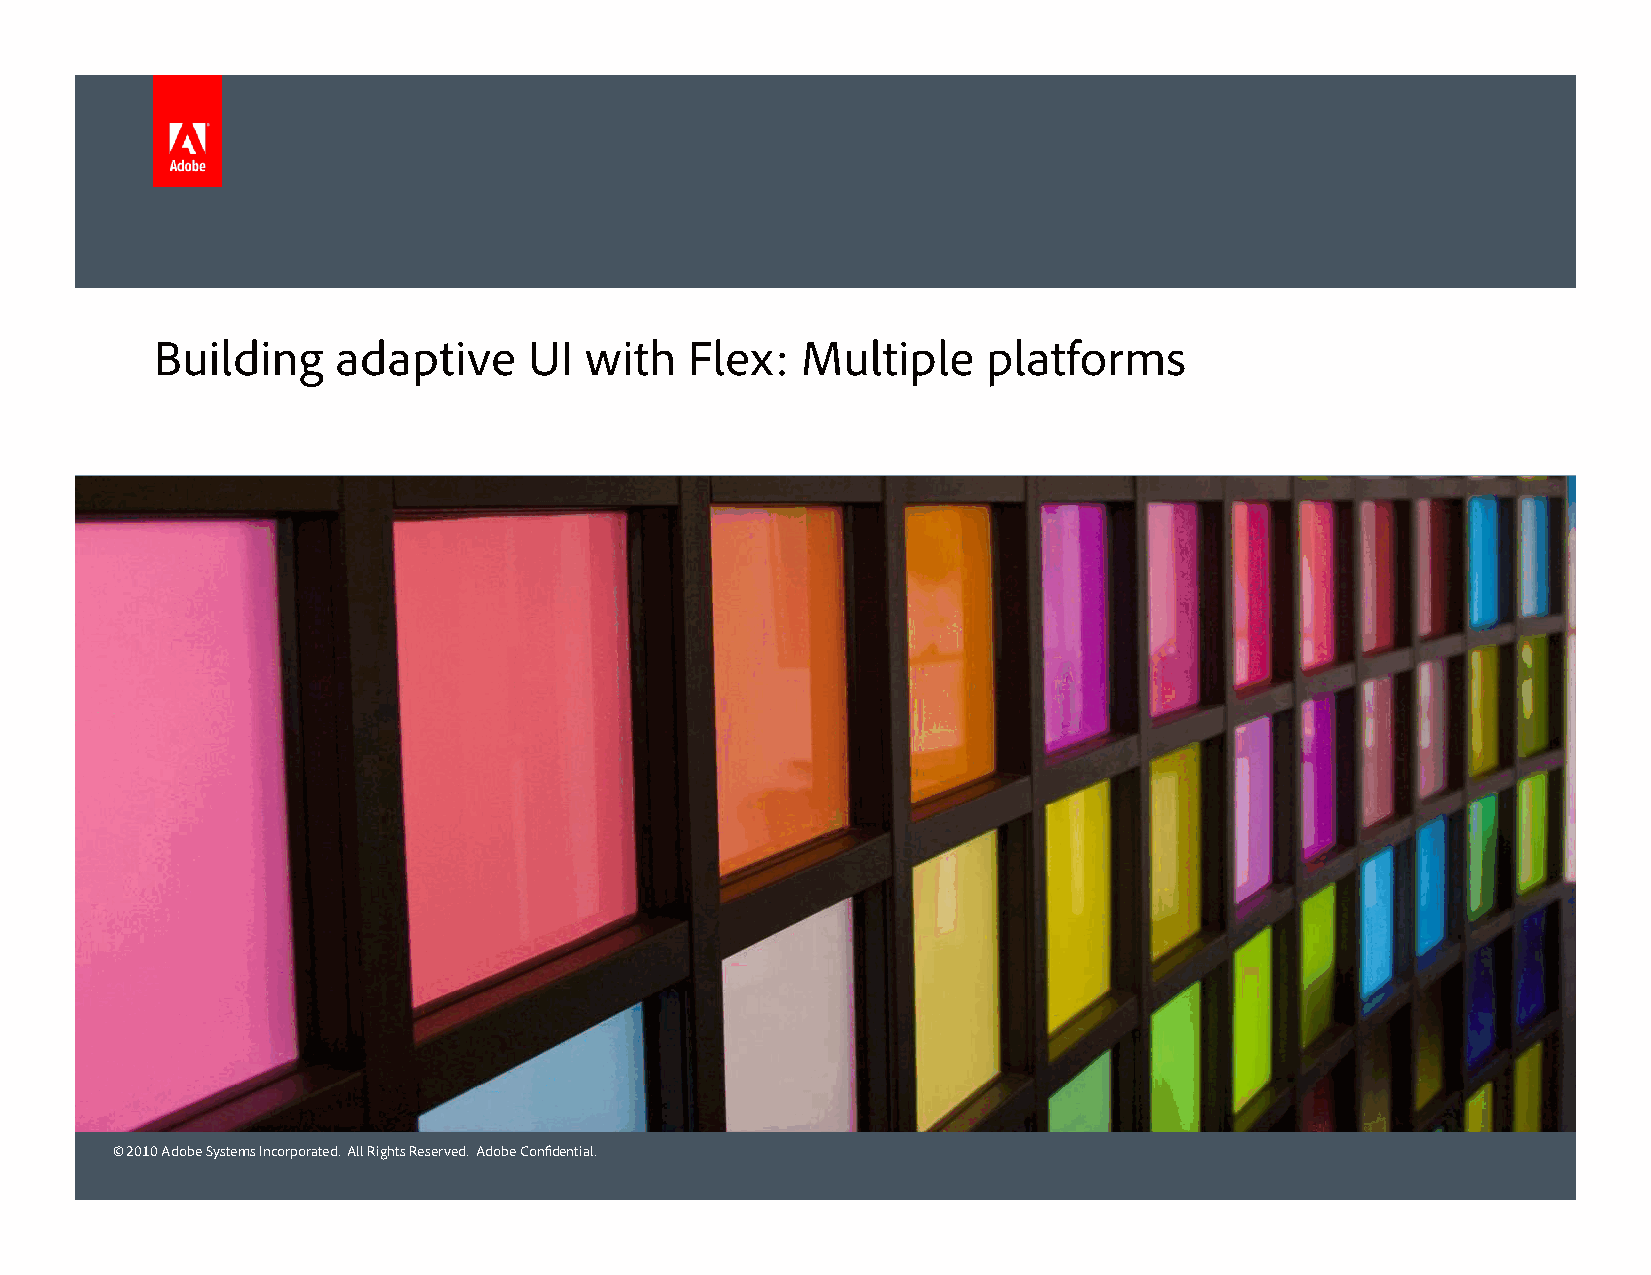
Building    adaptive     UI  with   Flex:  Multiple    platforms
 © 2010 Adobe Systems Incorporated. All Rights Reserved. Adobe Confidential.